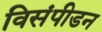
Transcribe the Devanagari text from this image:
विसंपीडन